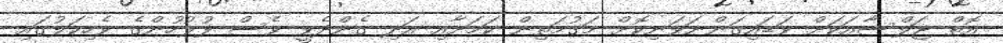
އޮތް ޖަލްސާއަކަށް ވަޑައިގަންނަވަނިކޮށް މަގުމަތިން ކަމަށާއި އަދި ގެންދެވީ ވެސް ފުލުހުންގެ ވެހިކަލުގައި